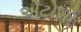
એટોમો